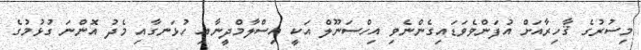
މިސުރުގެ ޤާހިރާއަށް އުފަންވެވަޑައިގެންނެވި އިހްސަނޫލް އަކީ އިސްލާމްދީނާއި ހުޅަނގާއި މެދު އޮންނަ ގުޅުމުގެ